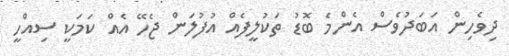
ދިވެހިން އަބަދުވެސް އެންމެ ބޮޑު ތަކުލީފެއް އުފުލަން ޖެހޭ އެއް ކަމަކީ ސިއްހީ